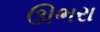
ઊભરા